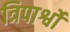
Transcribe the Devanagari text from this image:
त्रिपार्श्वों